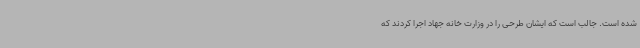
شده است. جالب است که ایشان طرحی را در وزارت خانه جهاد اجرا کردند که